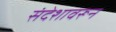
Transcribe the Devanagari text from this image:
संदेशावरून